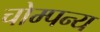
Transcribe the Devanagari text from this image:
चोम्पन्य